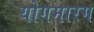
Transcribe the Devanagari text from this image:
योगमारग